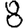
Digit: 8